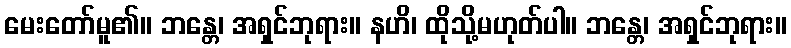
မေးတော်မူ၏။ ဘန္တေ၊ အရှင်ဘုရား။ နဟိ၊ ထိုသို့မဟုတ်ပါ။ ဘန္တေ၊ အရှင်ဘုရား။